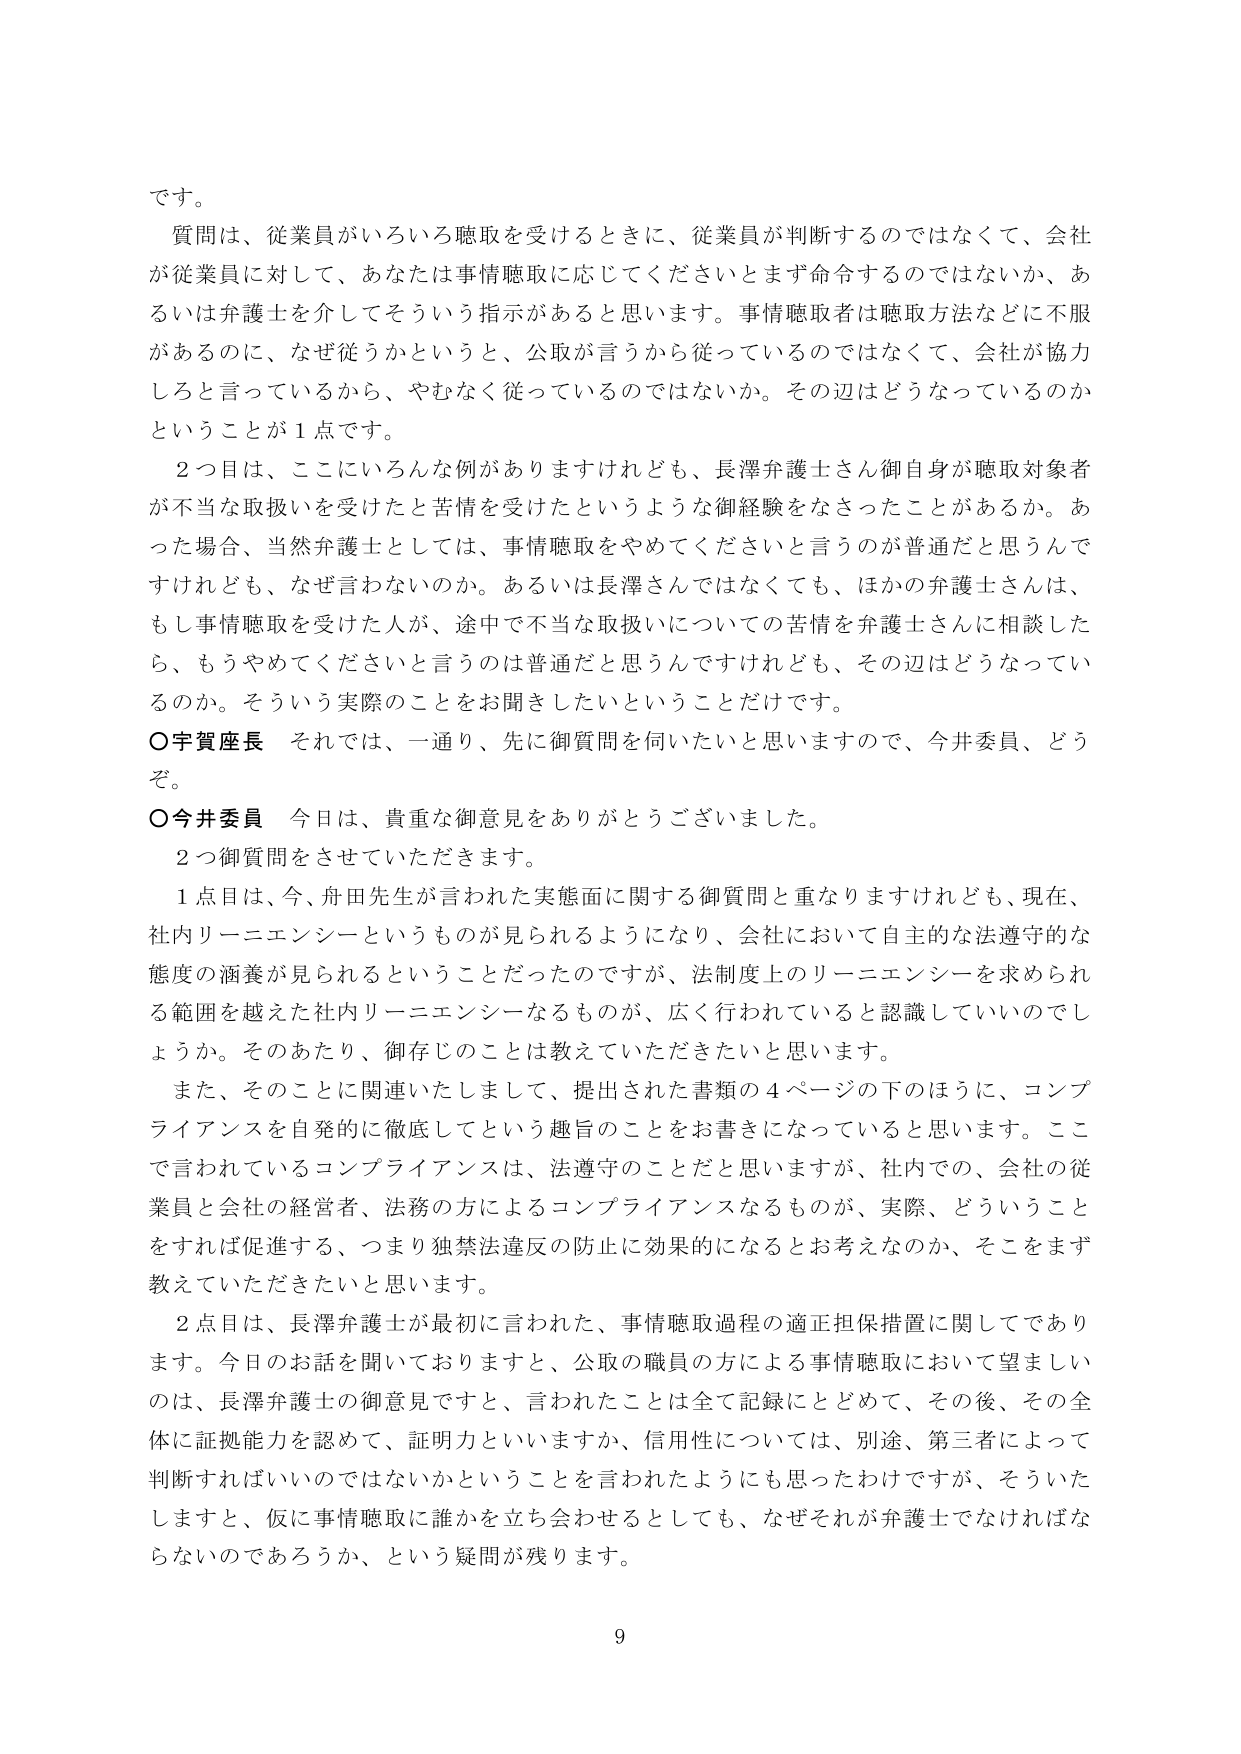
です。

質問は、従業員がいろいろ聴取を受けるときに、従業員が判断するのではなくて、会社が従業員に対して、あなたは事情聴取に応じてくださいとまず命令するのではないか、あるいは弁護士を介してそういう指示があると思います。事情聴取者は聴取方法などに不服があるのに、なぜ従うかというと、公取が言うから従っているのではなくて、会社が協力しろと言っているから、やむなく従っているのではないか。その辺はどうなっているのかということが1点です。

2つ目は、ここにいろんな例がありますけれども、長澤弁護士さん御自身が聴取対象者が不当な取扱いを受けたと苦情を受けたというような御経験をなされたことがあるか。あった場合、当然弁護士としては、事情聴取をやめてくださいと言うのが普通だと思うんですけども、なぜ言わないのか。あるいは長澤さんではなくても、ほかの弁護士さんは、もし事情聴取を受けた人が、途中で不当な取扱いについての苦情を弁護士さんに相談したら、もうやめてくださいと言うのは普通だと思うんですけども、その辺はどうなっているのか。そういう実際のことをお聞きしたいということだけです。

○宇賀座長　それでは、一通り、先に御質問を伺いたいと思いますので、今井委員、どうぞ。

○今井委員　今日は、貴重な御意見をありがとうございました。

2つ御質問をさせていただきます。

1点目は、今、舟田先生が言われた実態面に関する御質問と重なりますけれども、現在、社内リーニエンシーというものが見られるようになり、会社において自主的な法遵守的な態度の涵養が見られるということだったのですが、法制度上のリーニエンシーを求められる範囲を越えた社内リーニエンシーなるものが、広く行われていると認識していいのでしょうか。そのあたり、御存じのことは教えていただきたいと思います。

また、そのことに関連いたしまして、提出された書類の4ページの下のほうに、コンプライアンスを自発的に徹底してという趣旨のことをお書きになっていると思います。ここで言われているコンプライアンスは、法遵守のことだと思いますが、社内での、会社の従業員と会社の経営者、法務の方によるコンプライアンスなるものが、実際、どういうことをすれば促進する、つまり独禁法違反の防止に効果的になると考えなのか、そこをまず教えていただきたいと思います。

2点目は、長澤弁護士が最初に言われた、事情聴取過程の適正担保措置に関してであります。今日のお話を聞いておりますと、公取の職員の方による事情聴取において望ましいのは、長澤弁護士の御意見ですと、言われたことは全て記録にとどめて、その後、その全体に証拠能力を認めて、証明力といいますか、信用性については、別途、第三者によって判断すればいいのではないかということを言われたようにも思ったわけですが、そういたしますと、仮に事情聴取に誰かを立ち会わせるとしても、なぜそれが弁護士でなければならないのであろうか、という疑問が残ります。

9